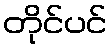
တိုင်ပင်